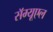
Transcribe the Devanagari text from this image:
सॅम्यूएल